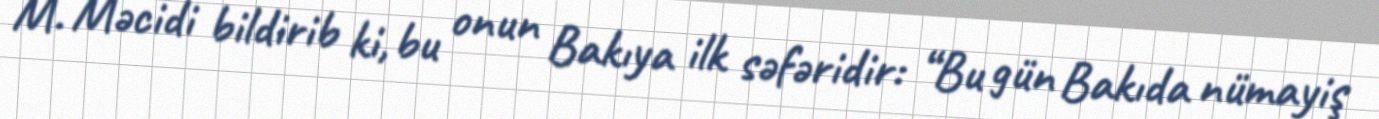
M. Məcidi bildirib ki, bu onun Bakıya ilk səfəridir: “Bu gün Bakıda nümayiş